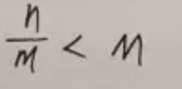
\frac{n}{m}<M